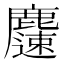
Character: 𪋝